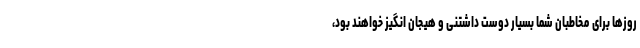
روزها برای مخاطبان شما بسیار دوست داشتنی و هیجان انگیز خواهند بود،